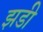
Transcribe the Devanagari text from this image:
झडी